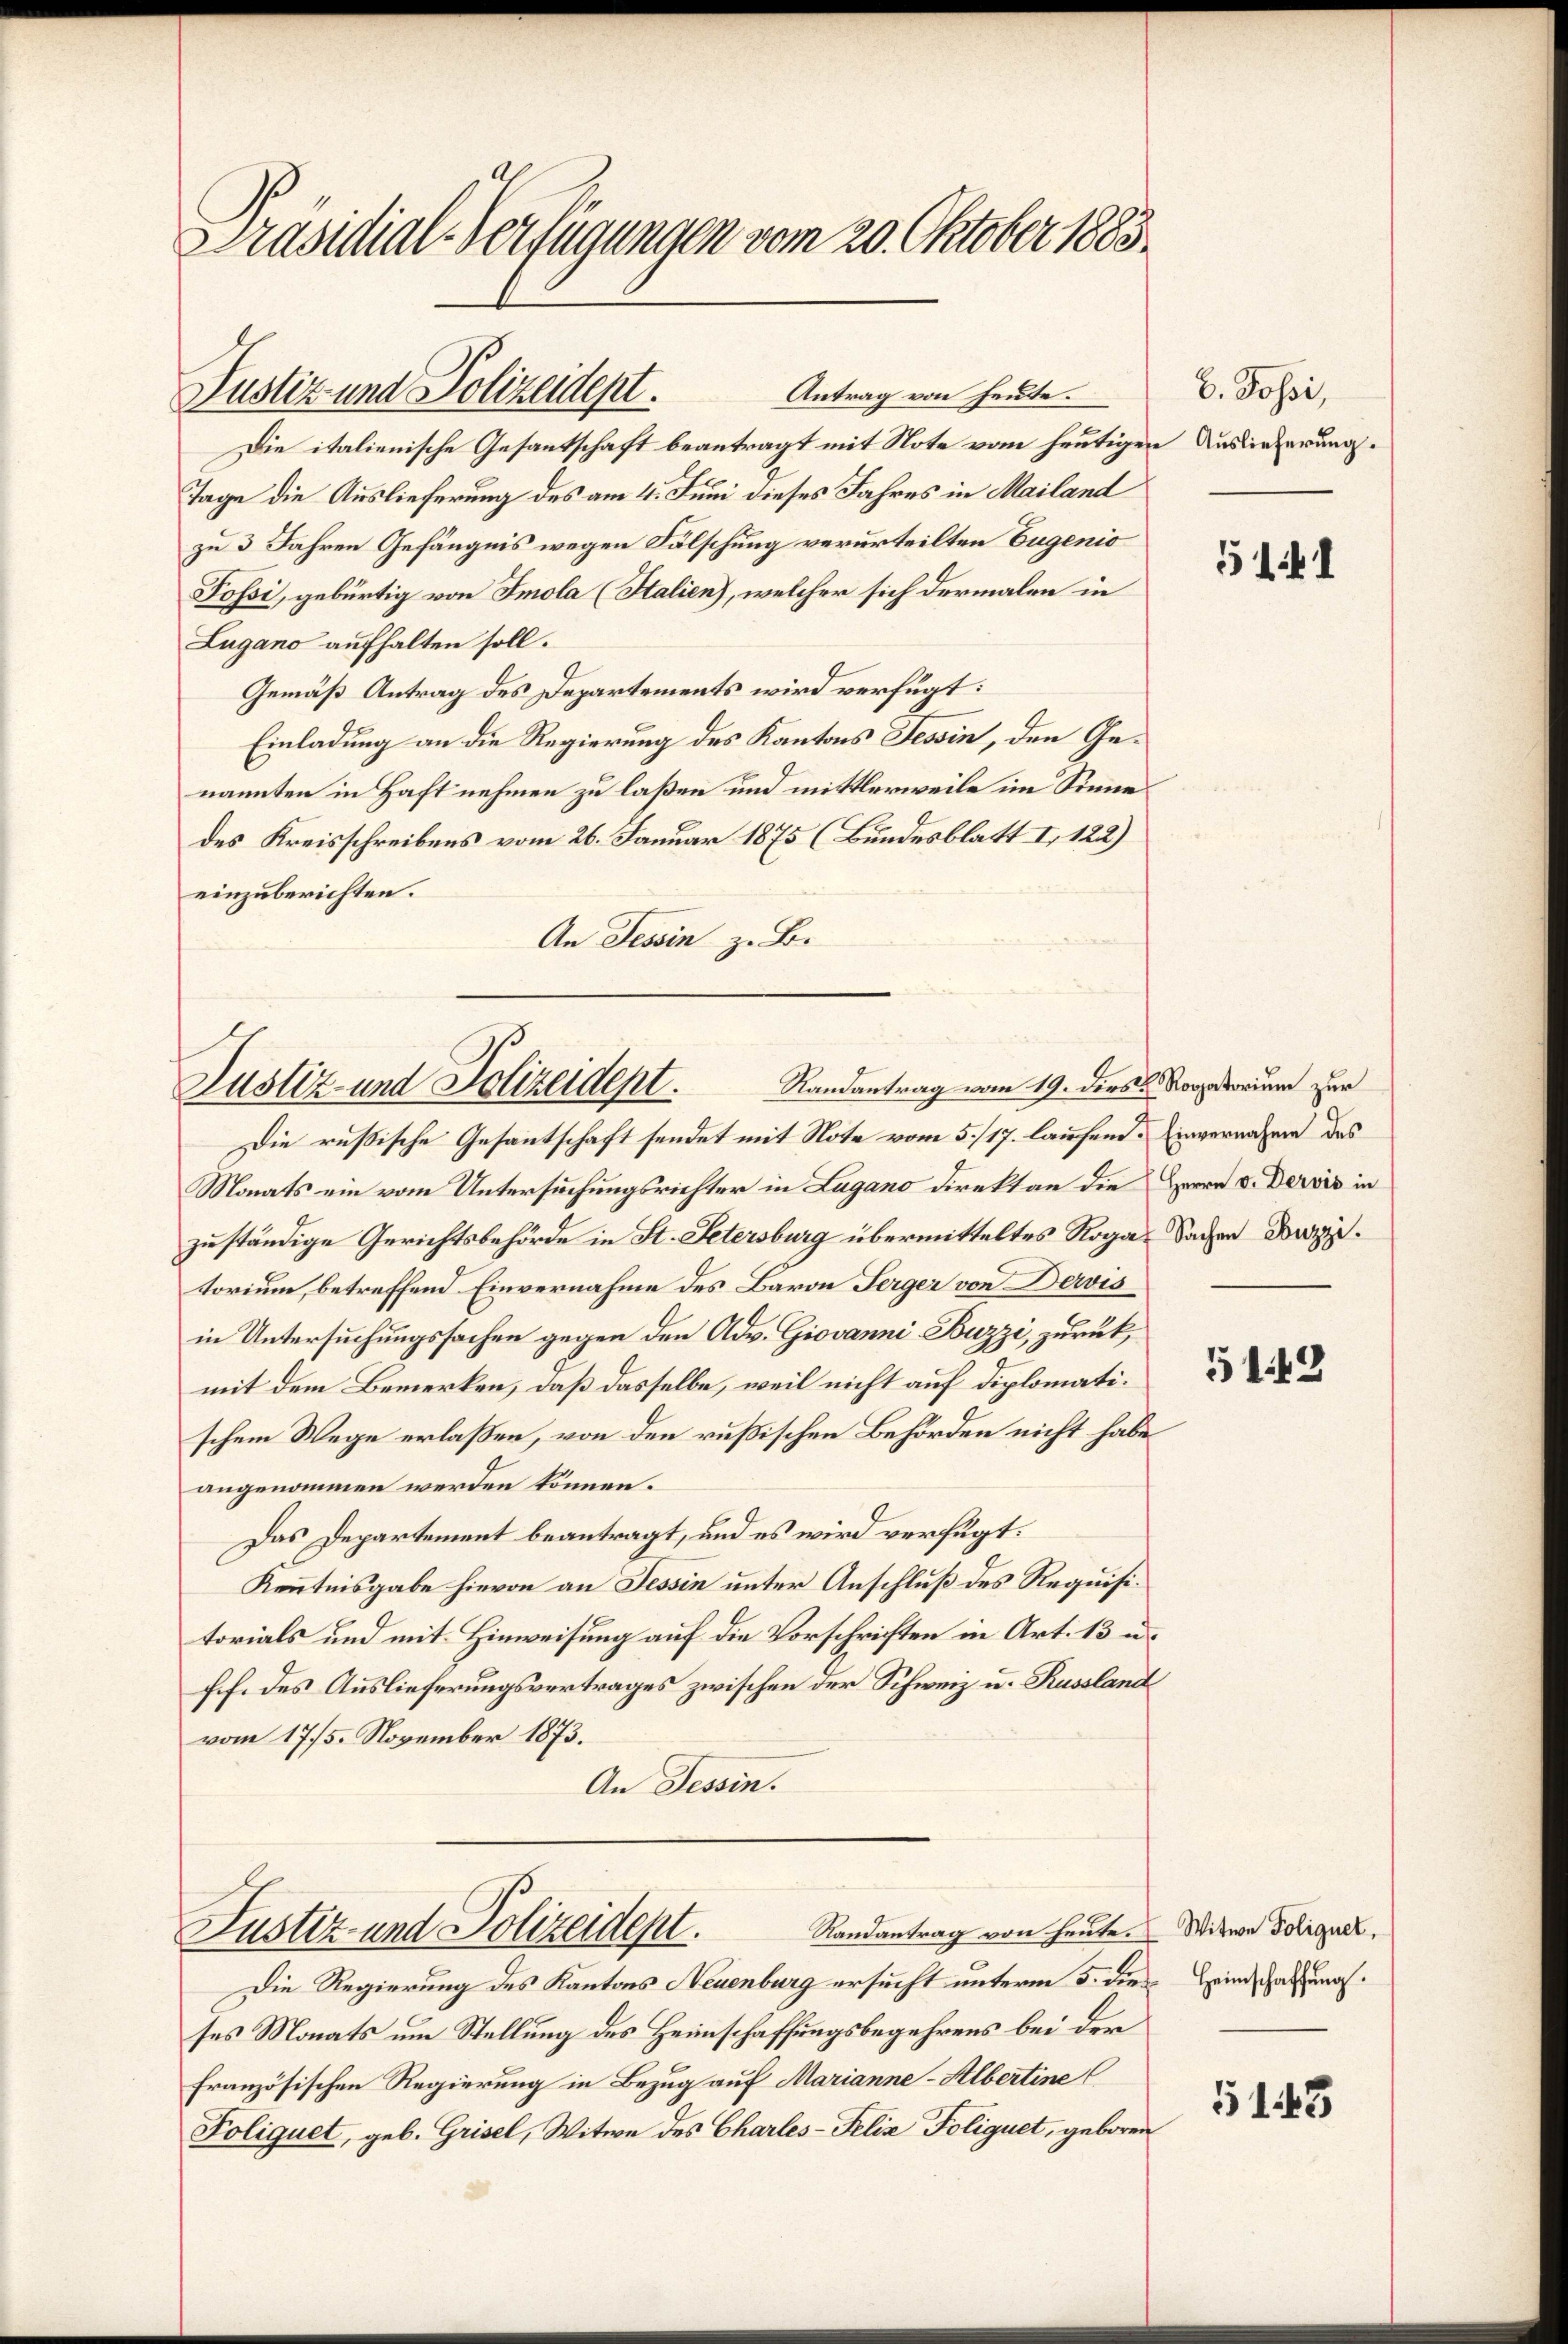
Präsidial-Verfügungen vom 20. Oktober 1883.

Justiz und Polizeident.

Die italienische Gesantschaft beantragt mit Note vom heutigen Auslieferung.
Tage die Auslieferung des am 4. Juni dieses Jahres in Mailand
zu 3 Jahren Gefängnis wegen Fälschung verurteilten Eugenio
Possi, gebürtig von Imola (Italien), welcher sich dermalen in
Lugano aufhalten soll.
Gemäß Antrag des Departements wird verfügt:
Einladung an die Regierung des Kantons Tessin, den Genannten in Haft nehmen zu laßen und mittlerweile im Sinne
des Kreisschreibens vom 26. Januar 1875 (Bundesblatt I 122)
einzuberichten.
An Tessin z. B.

Antrag von heute.

Justiz- und Polizeident. Randantrag vom 19. diese Notorium zur

Randantrag von heute. Witwe Polignet,
Justiz- und Polizeidept.

b. Jossi,

Die Regierung des Kantons Neuenburg ersucht unterm 5. dies Heinschaftung.
ses Monats um Stellung des Heimschaffungsbegehrens bei der
französischen Regierung in Bezug auf Marianne - Albertine
Poliquet, geb. Grisel, Witwe des Charles-Felix Foliquet, geboren

Die rußische Gesantschaft sendet mit Note vom 5./17. laufend. Einvernahme des
Monats ein vom Untersuchungsrichter in Lugano direkt an die Herrn v. Derois in
zuständige Gerichtsbehörde in St. Petersburg übermitteltes Roga- Sachen Bazzi.
torium, betreffend Einvernahme des Baron Serger von Dervis
in Untersuchungssachen gegen den Adv. Giovanni-Buzzi, zurück,
mit dem Bemerken, daß dasselbe, weil nicht auf diplomatischem Wege erlaßen, von den rußischen Behörden nicht habe
angenommen werden können.
Das Departement beantragt, und es wird verfügt:
Kenntnisgabe hievon an Tessin unter Anschluß des Requisitorials und mit Hinweisung auf die Vorschriften in Art. 13 u.
sch. des Auslieferungsvertrages zwischen der Schweiz u. Kussland
vom 17/5. November 1873.
An Tessin.

5141

5142

5148